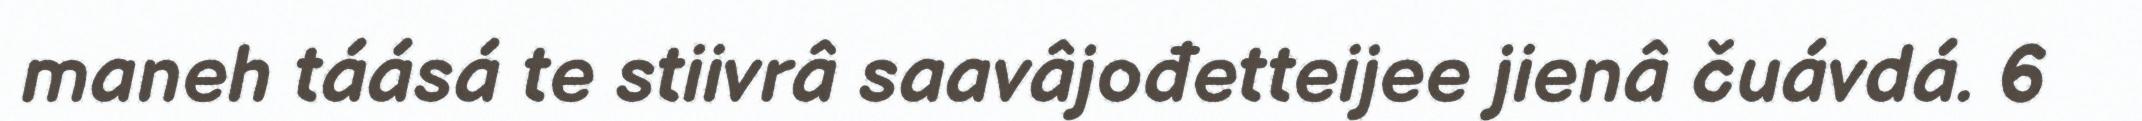
maneh táásá te stiivrâ saavâjođetteijee jienâ čuávdá. 6